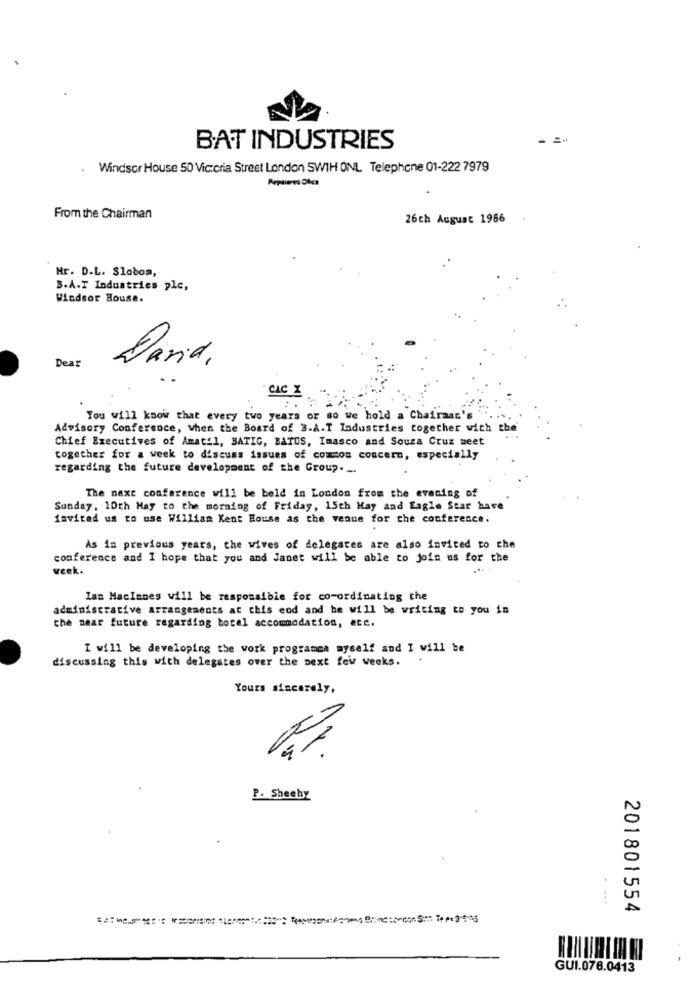
BAT INDUSTRIES
Windsor House 5D Vic:cria Street London SWIH ONL Telephone 01-222 7979
From the Chairman
26ch August 1986
Mr. D.L. Slobom,
B.A.T Industries plc,
Windsor House.
Dear
Dania.
CAC X
You will know that every two years or so we hold a Chairman's
Advisory Conference, when the Board of 3.A.T Industries together with the
Chief Executives of Amatil, BATIG, BATUS, Imasco and Souza Cruz meet
together for a week to discuss issues of common concern, especially
regarding the future development of the Group. ..
The next conference will be beld in London from the evening of
Sunday, 10th May to the morning of Friday, 15th May and Eagle Star have
invited us to use William Kent House as the venue for che conference.
As in previous years, the wives of delegates are also invited to che
conference and I hope that you and Janet will be able to join us for the
week.
Ian MacInnes will be responsible for co-ordinating the
administrative arrangements at this eod and he will be writing to you in
the near future regarding bocal accommodation, etc.
I will be developing the work programme myself and I will be
discussing this with delegates over the next few weeks.
.
Yours sincerely,
P. Sheehy
201801554
GUI.076.0413